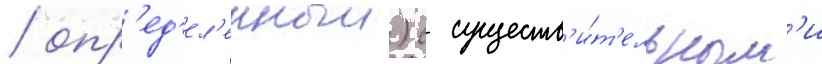
/ опр'ед'ел'енныи) с существ'и́т'ельным'и